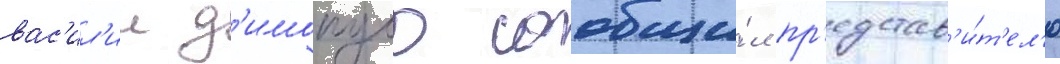
вас'ил'ии д'имопуло сообщи́л пр'едстав'и́т'ел'ю